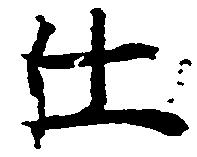
仕